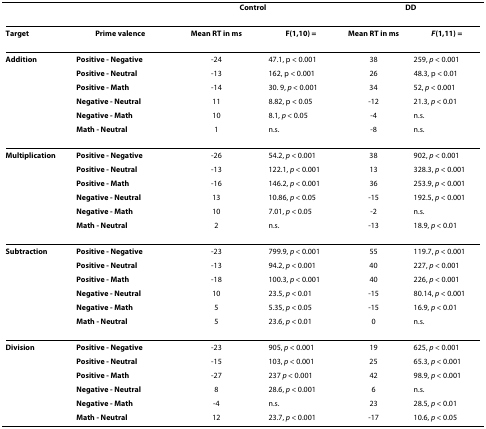
<table><thead><tr><td></td><td></td><td colspan="2"><b>Control</b></td><td colspan="2"><b>DD</b></td></tr></thead><tbody><tr><td><b>Target</b></td><td><b>Prime valence</b></td><td><b>Mean RT in ms</b></td><td><b>F(1,10) =</b></td><td><b>Mean RT in ms</b></td><td><b><i>F</i>(1,11) =</b></td></tr><tr><td><b>Addition</b></td><td><b>Positive - Negative</b></td><td>-24</td><td>47.1, p &lt; 0.001</td><td>38</td><td>259, <i>p </i>&lt; 0.001</td></tr><tr><td></td><td><b>Positive - Neutral</b></td><td>-13</td><td>162, p &lt; 0.001</td><td>26</td><td>48.3, p &lt; 0.01</td></tr><tr><td></td><td><b>Positive - Math</b></td><td>-14</td><td>30. 9, <i>p </i>&lt; 0.001</td><td>34</td><td>52, <i>p </i>&lt; 0.001</td></tr><tr><td></td><td><b>Negative - Neutral</b></td><td>11</td><td>8.82, p &lt; 0.05</td><td>-12</td><td>21.3, <i>p </i>&lt; 0.01</td></tr><tr><td></td><td><b>Negative - Math</b></td><td>10</td><td>8.1, <i>p </i>&lt; 0.05</td><td>-4</td><td>n.s.</td></tr><tr><td></td><td><b>Math - Neutral</b></td><td>1</td><td>n.s.</td><td>-8</td><td>n.s.</td></tr><tr><td><b>Multiplication</b></td><td><b>Positive - Negative</b></td><td>-26</td><td>54.2, <i>p </i>&lt; 0.001</td><td>38</td><td>902, <i>p </i>&lt; 0.001</td></tr><tr><td></td><td><b>Positive - Neutral</b></td><td>-13</td><td>122.1, <i>p </i>&lt; 0.001</td><td>13</td><td>328.3, <i>p </i>&lt; 0.001</td></tr><tr><td></td><td><b>Positive - Math</b></td><td>-16</td><td>146.2, <i>p </i>&lt; 0.001</td><td>36</td><td>253.9, <i>p </i>&lt; 0.001</td></tr><tr><td></td><td><b>Negative - Neutral</b></td><td>13</td><td>10.86, <i>p </i>&lt; 0.05</td><td>-15</td><td>192.5, <i>p </i>&lt; 0.001</td></tr><tr><td></td><td><b>Negative - Math</b></td><td>10</td><td>7.01, <i>p </i>&lt; 0.05</td><td>-2</td><td>n.s.</td></tr><tr><td></td><td><b>Math - Neutral</b></td><td>2</td><td>n.s.</td><td>-13</td><td>18.9, <i>p </i>&lt; 0.01</td></tr><tr><td><b>Subtraction</b></td><td><b>Positive - Negative</b></td><td>-23</td><td>799.9, <i>p </i>&lt; 0.001</td><td>55</td><td>119.7, <i>p </i>&lt; 0.001</td></tr><tr><td></td><td><b>Positive - Neutral</b></td><td>-13</td><td>94.2, <i>p </i>&lt; 0.001</td><td>40</td><td>227, <i>p </i>&lt; 0.001</td></tr><tr><td></td><td><b>Positive - Math</b></td><td>-18</td><td>100.3, <i>p </i>&lt; 0.001</td><td>40</td><td>226, <i>p </i>&lt; 0.001</td></tr><tr><td></td><td><b>Negative - Neutral</b></td><td>10</td><td>23.5, <i>p </i>&lt; 0.01</td><td>-15</td><td>80.14, <i>p </i>&lt; 0.001</td></tr><tr><td></td><td><b>Negative - Math</b></td><td>5</td><td>5.35, <i>p </i>&lt; 0.05</td><td>-15</td><td>16.9, <i>p </i>&lt; 0.01</td></tr><tr><td></td><td><b>Math - Neutral</b></td><td>5</td><td>23.6, <i>p </i>&lt; 0.01</td><td>0</td><td>n.s.</td></tr><tr><td><b>Division</b></td><td><b>Positive - Negative</b></td><td>-23</td><td>905, <i>p </i>&lt; 0.001</td><td>19</td><td>625, <i>p </i>&lt; 0.001</td></tr><tr><td></td><td><b>Positive - Neutral</b></td><td>-15</td><td>103, <i>p </i>&lt; 0.001</td><td>25</td><td>65.3, <i>p </i>&lt; 0.001</td></tr><tr><td></td><td><b>Positive - Math</b></td><td>-27</td><td>237 <i>p </i>&lt; 0.001</td><td>42</td><td>98.9, <i>p </i>&lt; 0.001</td></tr><tr><td></td><td><b>Negative - Neutral</b></td><td>8</td><td>28.6, <i>p </i>&lt; 0.001</td><td>6</td><td>n.s.</td></tr><tr><td></td><td><b>Negative - Math</b></td><td>-4</td><td>n.s.</td><td>23</td><td>28.5, <i>p </i>&lt; 0.01</td></tr><tr><td></td><td><b>Math - Neutral</b></td><td>12</td><td>23.7, <i>p </i>&lt; 0.001</td><td>-17</td><td>10.6, <i>p </i>&lt; 0.05</td></tr></tbody></table>